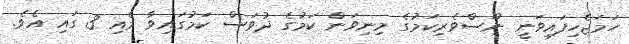
ހަމަޖެހިފައިވަނީ ނޫސްވެރިކަމުގެ މިނިވަން ކަމުގެ ދުވަސް ކަމުގައިވާ މެއި 3 ގައި އެވެ.